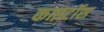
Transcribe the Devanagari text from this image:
काइटॉस